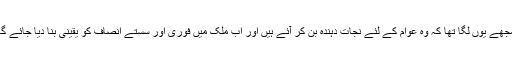
مجھے یوں لگا تھا کہ وہ عوام کے لئے نجات دہندہ بن کر آئے ہیں اور اب ملک میں فوری اور سستے انصاف کو یقینی بنا دیا جائے گا۔